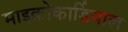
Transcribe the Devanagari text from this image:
माइक्रोकार्डियाल